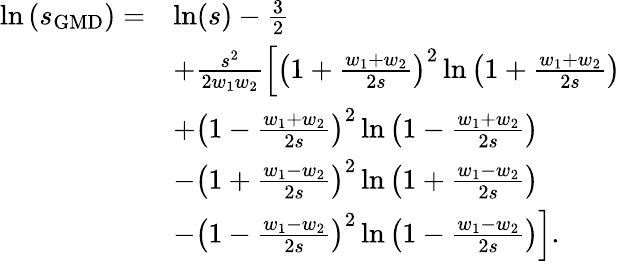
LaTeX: \begin{array}{rl}{\ln\left(s_{\mathrm{GMD}}\right)=}&{\ln(s)-\frac{3}{2}}\\ &{+\frac{s^{2}}{2w_{1}w_{2}}\left[\left(1+\frac{w_{1}+w_{2}}{2s}\right)^{2}\ln\left(1+\frac{w_{1}+w_{2}}{2s}\right)\right.}\\ &{\left.+\left(1-\frac{w_{1}+w_{2}}{2s}\right)^{2}\ln\left(1-\frac{w_{1}+w_{2}}{2s}\right)\right.}\\ &{\left.-\left(1+\frac{w_{1}-w_{2}}{2s}\right)^{2}\ln\left(1+\frac{w_{1}-w_{2}}{2s}\right)\right.}\\ &{\left.-\left(1-\frac{w_{1}-w_{2}}{2s}\right)^{2}\ln\left(1-\frac{w_{1}-w_{2}}{2s}\right)\right].}\end{array}